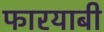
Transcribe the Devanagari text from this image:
फारयाबी